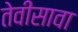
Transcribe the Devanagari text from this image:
तेवीसावा